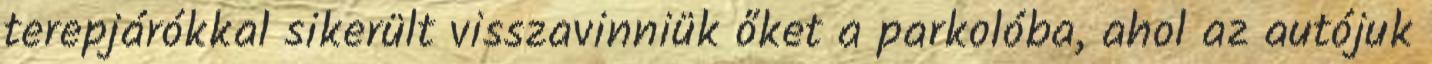
terepjárókkal sikerült visszavinniük őket a parkolóba, ahol az autójuk